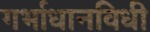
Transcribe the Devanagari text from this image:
गर्भाधानविधी